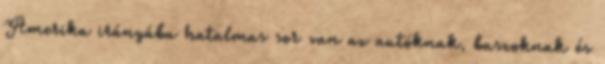
Amerika irányába hatalmas sor van az autóknak, buszoknak és